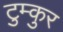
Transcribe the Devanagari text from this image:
टुम्कुर